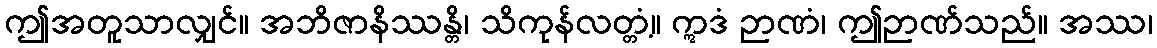
ဤအတူသာလျှင်။ အဘိဇာနိဿန္တိ၊ သိကုန်လတ္တံ့။ ဣဒံ ဉာဏံ၊ ဤဉာဏ်သည်။ အဿ၊